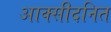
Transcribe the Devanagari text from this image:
आक्सीदनित